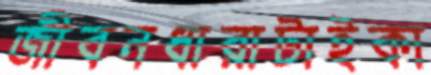
জীবনধারাটাইকা